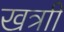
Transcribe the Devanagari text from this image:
खत्राी